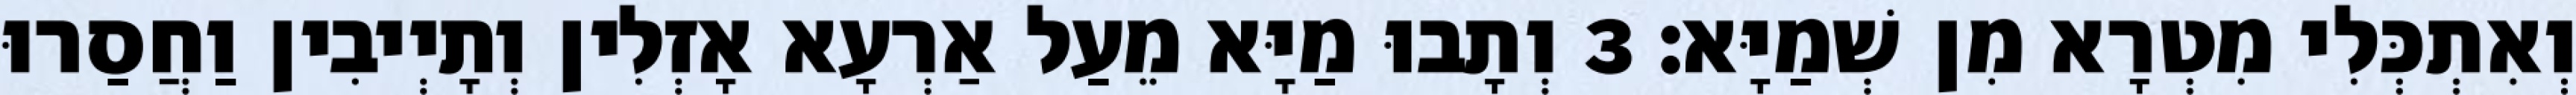
וְאִתְכְּלִי מִטְרָא מִן שְׁמַיָּא׃ 3 וְתָבוּ מַיָּא מֵעַל אַרְעָא אָזְלִין וְתָיְיבִין וַחֲסַרוּ